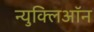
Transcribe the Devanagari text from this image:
न्युक्लिऑन